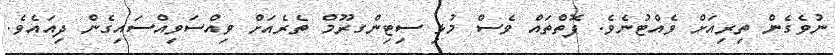
ނުވެގެން ތިރިއަށް ވެއްޓުނެވެ. ފޮތްތައް ވެސް މުޅި ސިޓިންގރޫމް ތެރެއަށް ވިއްސަވިއްސައިގެން ދިއައެވެ.